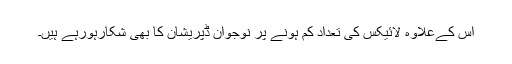
اس کےعلاوہ لائیکس کی تعداد کم ہونے پر نوجوان ڈپریشان کا بھی شکارہورہے ہیں۔